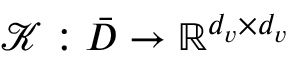
\mathcal { K } : \bar { D } \rightarrow \mathbb { R } ^ { d _ { v } \times d _ { v } }